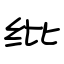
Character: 纰